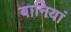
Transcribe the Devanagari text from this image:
बानियां